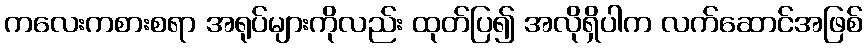
ကလေးကစားစရာ အရုပ်များကိုလည်း ထုတ်ပြ၍ အလိုရှိပါက လက်ဆောင်အဖြစ်